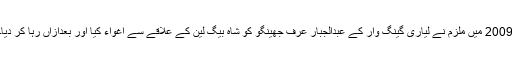
2009 میں ملزم نے لیاری گینگ وار کے عبدالجبار عرف جھینگو کو شاہ بیگ لین کے علاقے سے اغواء کیا اور بعدازاں رہا کر دیا۔